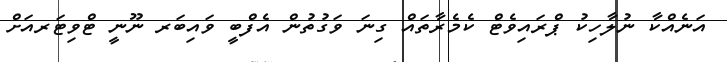
އަނެއްކާ ނުލާހިކު ޕްރައިވެޓް ކެމެރާތައް ގިނަ ވަގުތުން އެފްބީ ވައިބަރ ނޫނީ ޓްވިޓަރއަށް